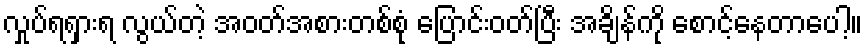
လှုပ်ရရှားရ လွယ်တဲ့ အဝတ်အစားတစ်စုံ ပြောင်းဝတ်ပြီး အချိန်ကို စောင့်နေတာပေါ့။